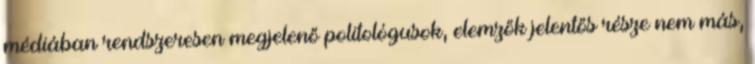
médiában rendszeresen megjelenő politológusok, elemzők jelentős része nem más,